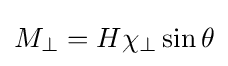
M_{\perp }=H\chi _{\perp }\sin {\theta }